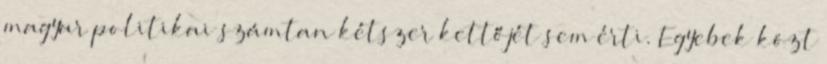
magyar politikai számtan kétszer kettőjét sem érti. Egyebek közt